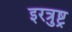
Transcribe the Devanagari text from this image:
इरत्रुष्ट्र